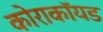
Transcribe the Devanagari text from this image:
कोराकॉयड